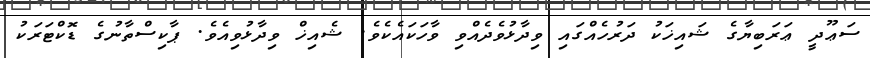
ސަޢޫދީ ޢަރަބިޔާގެ ޝައިޚަކު ދަރުހެއްގައި ވިދާޅުވެދެއްވި ވާހަކައެކެވެ. ޝެއިޚް ވިދާޅުވިއެވެ. ޕާކިސްތާނުގެ ޑޮކްޓަރަކު